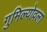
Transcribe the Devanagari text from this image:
गुमिल्योवला